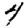
Digit: 4